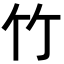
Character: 竹